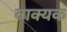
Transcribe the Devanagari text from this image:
वाक्यक